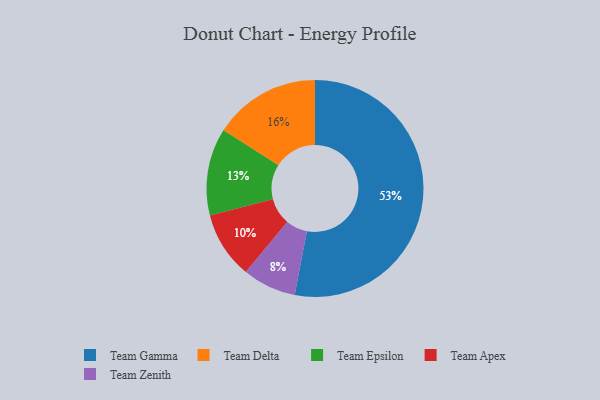
{"axis": {"x": "Category", "y": "Percentage"}, "legend": ["Team Apex", "Team Delta", "Team Epsilon", "Team Gamma", "Team Zenith"], "data": [{"x": "Team Epsilon", "y": 13, "type": "Team Epsilon"}, {"x": "Team Apex", "y": 10, "type": "Team Apex"}, {"x": "Team Gamma", "y": 53, "type": "Team Gamma"}, {"x": "Team Delta", "y": 16, "type": "Team Delta"}, {"x": "Team Zenith", "y": 8, "type": "Team Zenith"}]}